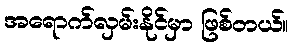
အရောက်လှမ်းနိုင်မှာ ဖြစ်တယ်။